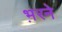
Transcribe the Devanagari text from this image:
भ़रने